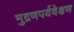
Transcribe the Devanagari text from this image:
मुद्रणपर्यवेक्षण